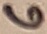
Text: 6